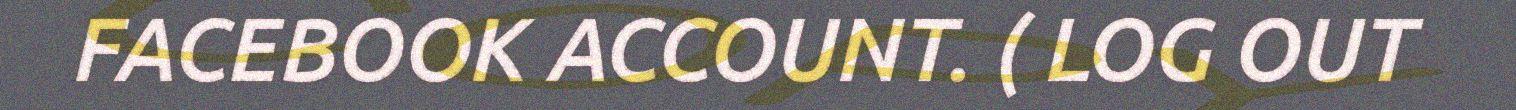
FACEBOOK ACCOUNT. ( LOG OUT